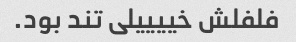
فلفلش خییییلی تند بود.